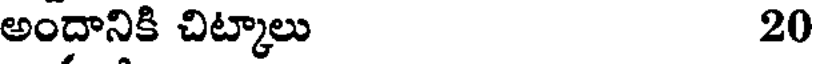
అందానికి చిట్కాలు 20